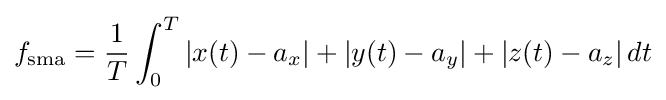
f_{\text{sma}}={1 \over T}\int _{0}^{T}|x(t)-a_{x}|+|y(t)-a_{y}|+|z(t)-a_{z}|\,dt